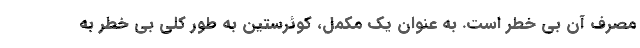
مصرف آن بی خطر است. به عنوان یک مکمل، کوئرستین به طور کلی بی خطر به